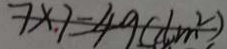
7 \times 7 = 4 9 ( d m ^ { 2 } )